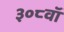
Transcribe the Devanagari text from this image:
३०८वॉ